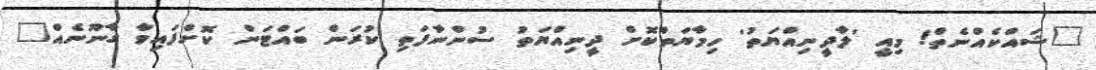
"ޝައްކެއްނެތް! މިއީ 'ލާދީނިއްޔަތު' ހިމާޔަތްކޮށް ދީނިއްޔަތު ސުންނާފަތި ކުރަން ބައްޓަން ކޮށްފައިވާ ގާނޫނެއް"